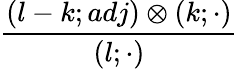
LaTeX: {\frac{(l-k;adj)\otimes(k;\cdot)}{(l;\cdot)}}